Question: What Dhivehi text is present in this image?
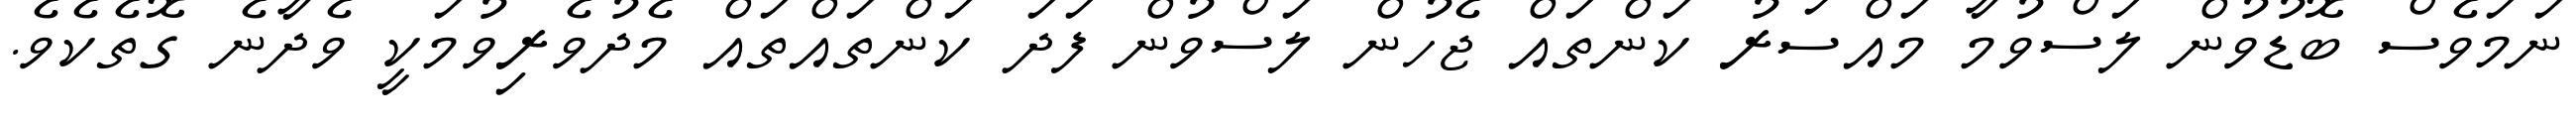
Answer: ނަމަވެސް ބޮޑުވުން ލަސްވުމާ މައްސަރު ކަންތައް ޖެހުން ލަސްވުން ފަދަ ކަންތައްތައް މެދުވެރިވުމަކީ ވެދާނެ ގޮތެކެވެ.